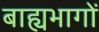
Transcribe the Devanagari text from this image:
बाह्यभागों